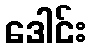
ဒေါင်း